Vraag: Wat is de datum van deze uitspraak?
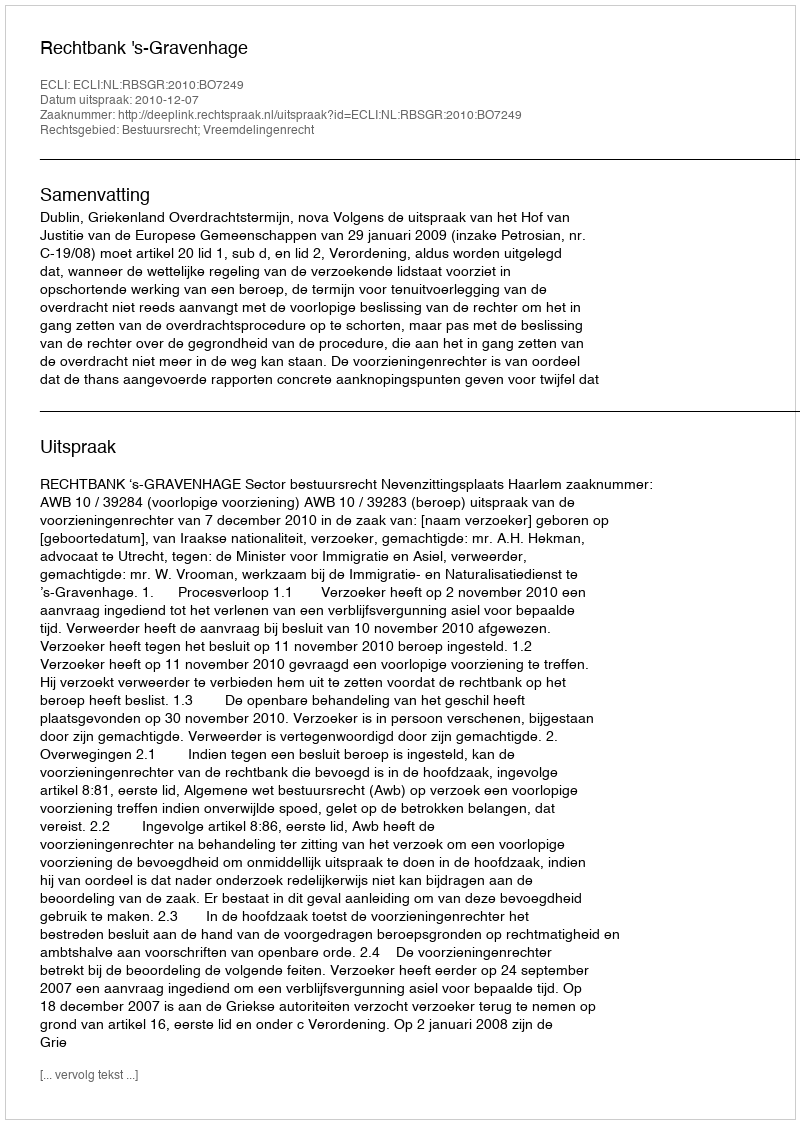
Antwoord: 2010-12-07